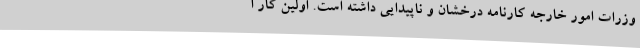
وزرات امور خارجه کارنامه درخشان و ناپیدایی داشته است. اولین کار ا